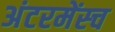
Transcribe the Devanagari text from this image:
अंटरमेंस्च